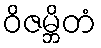
ဝိဇမ္ဘိတံ